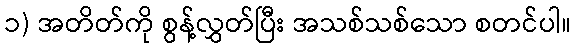
၁) အတိတ်ကို စွန့်လွှတ်ပြီး အသစ်သစ်သော စတင်ပါ။